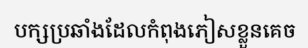
បក្សប្រឆាំងដែលកំពុងភៀសខ្លួនគេច